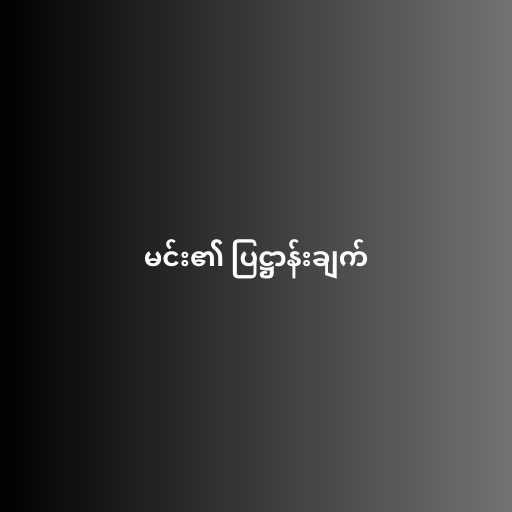
မင်း၏ ပြဋ္ဌာန်းချက်